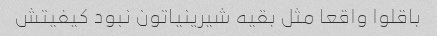
باقلوا واقعا مثل بقیه شیرینیاتون نبود کیفیتش